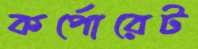
কর্পোরেট